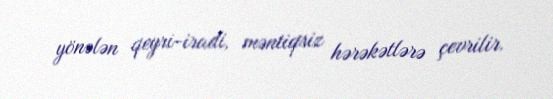
yönələn qeyri-iradi, məntiqsiz hərəkətlərə çevrilir.